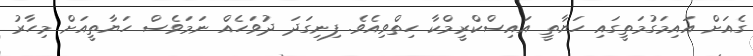
ގެއަށް އައިމަގުމަތީގައި ހަޔާތީ އައިސްކްރީމްކާ ހިތްވިއެވެ. ފިނިގަދަ ދުވަހެއް ނަމަވެސް ހަޔާތީއަށް މިހާރު